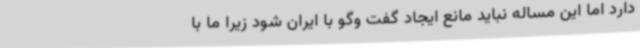
دارد اما این مساله نباید مانع ایجاد گفت وگو با ایران شود زیرا ما با